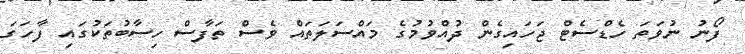
ފޯނު ނުވަތަ ހެޑްސެޓް ޖަހައިގެން ދުއްވުމުގެ މައްސަލަތައް ވެސް ތަފާސް ހިސާބުތަކުގައި ފާހަގަ